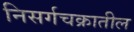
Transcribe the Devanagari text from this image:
निसर्गचक्रातील